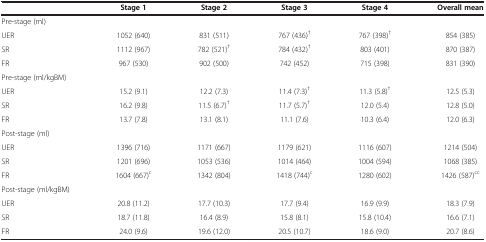
|  | Stage 1 | Stage 2 | Stage 3 | Stage 4 | Overall mean |
 | --- | --- | --- | --- | --- | --- |
 | Pre-stage (ml) |  |  |  |  |  |
 | UER | 1052 (640) | 831 (511) | 767 (436)† | 767 (398)† | 854 (385) |
 | SR | 1112 (967) | 782 (521)† | 784 (432)† | 803 (401) | 870 (387) |
 | FR | 967 (530) | 902 (500) | 742 (452) | 715 (398) | 831 (390) |
 | Pre-stage (ml/kgBM) |  |  |  |  |  |
 | UER | 15.2 (9.1) | 12.2 (7.3) | 11.4 (7.3)† | 11.3 (5.8)† | 12.5 (5.3) |
 | SR | 16.2 (9.8) | 11.5 (6.7)† | 11.7 (5.7)† | 12.0 (5.4) | 12.8 (5.0) |
 | FR | 13.7 (7.8) | 13.1 (8.1) | 11.1 (7.6) | 10.3 (6.4) | 12.0 (6.3) |
 | Post-stage (ml) |  |  |  |  |  |
 | UER | 1396 (716) | 1171 (667) | 1179 (621) | 1116 (607) | 1214 (504) |
 | SR | 1201 (696) | 1053 (536) | 1014 (464) | 1004 (594) | 1068 (385) |
 | FR | 1604 (667)c | 1342 (804) | 1418 (744)c | 1280 (602) | 1426 (587)cc |
 | Post-stage (ml/kgBM) |  |  |  |  |  |
 | UER | 20.8 (11.2) | 17.7 (10.3) | 17.7 (9.4) | 16.9 (9.9) | 18.3 (7.9) |
 | SR | 18.7 (11.8) | 16.4 (8.9) | 15.8 (8.1) | 15.8 (10.4) | 16.6 (7.1) |
 | FR | 24.0 (9.6) | 19.6 (12.0) | 20.5 (10.7) | 18.6 (9.0) | 20.7 (8.6) |